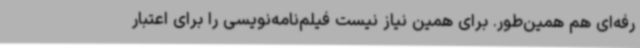
رفه‌ای هم همین‌طور. برای همین نیاز نیست فیلم‌نامه‌نویسی را برای اعتبار